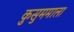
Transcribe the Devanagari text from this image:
कुसुममाला